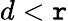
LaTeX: d<\mathtt{r}